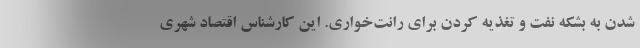
شدن به بشکه نفت و تغذیه کردن برای رانت‌خواری. این کارشناس اقتصاد شهری